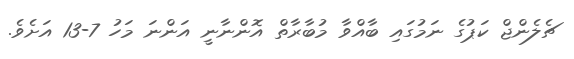
ޗެލެންޖް ކަޕުގެ ނަމުގައި ބާއްވާ މުބާރާތް އޮންނާނީ އަންނަ މަހު 7-13 އަށެވެ.